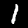
Label: 1